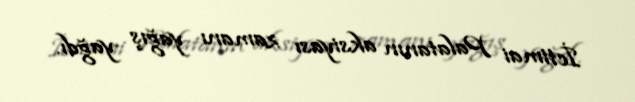
İctimai Palatanın aksiyası zamanı yağış yağdı.